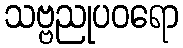
သဗ္ဗညုပဝရော